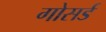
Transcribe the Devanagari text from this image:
गोसर्ड